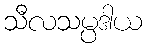
သီလသမ္ပဒါယ